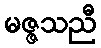
မဇ္ဇသညီ